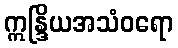
ဣန္ဒြိယအသံဝရော